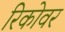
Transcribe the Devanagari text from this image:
रिकोवर